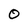
Character: 0